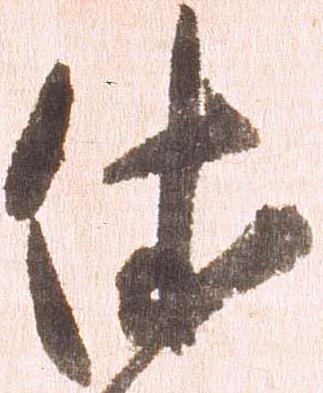
依